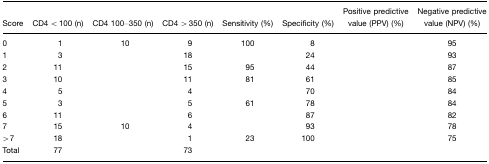
<table><thead><tr><td><b>Score</b></td><td><b>CD4 &lt; 100 (n)</b></td><td><b>CD4 100–350 (n)</b></td><td><b>CD4 &gt; 350 (n)</b></td><td><b>Sensitivity (%)</b></td><td><b>Specificity (%)</b></td><td><b>Positive predictive value (PPV) (%)</b></td><td><b>Negative predictive value (NPV) (%)</b></td></tr></thead><tbody><tr><td>0</td><td>1</td><td>10</td><td>9</td><td>100</td><td>8</td><td>[EMPTY_CELL]</td><td>95</td></tr><tr><td>1</td><td>3</td><td>[EMPTY_CELL]</td><td>18</td><td>[EMPTY_CELL]</td><td>24</td><td>[EMPTY_CELL]</td><td>93</td></tr><tr><td>2</td><td>11</td><td>[EMPTY_CELL]</td><td>15</td><td>95</td><td>44</td><td>[EMPTY_CELL]</td><td>87</td></tr><tr><td>3</td><td>10</td><td>[EMPTY_CELL]</td><td>11</td><td>81</td><td>61</td><td>[EMPTY_CELL]</td><td>85</td></tr><tr><td>4</td><td>5</td><td>[EMPTY_CELL]</td><td>4</td><td>[EMPTY_CELL]</td><td>70</td><td>[EMPTY_CELL]</td><td>84</td></tr><tr><td>5</td><td>3</td><td>[EMPTY_CELL]</td><td>5</td><td>61</td><td>78</td><td>[EMPTY_CELL]</td><td>84</td></tr><tr><td>6</td><td>11</td><td>[EMPTY_CELL]</td><td>6</td><td>[EMPTY_CELL]</td><td>87</td><td>[EMPTY_CELL]</td><td>82</td></tr><tr><td>7</td><td>15</td><td>10</td><td>4</td><td>[EMPTY_CELL]</td><td>93</td><td>[EMPTY_CELL]</td><td>78</td></tr><tr><td>&gt;7</td><td>18</td><td>[EMPTY_CELL]</td><td>1</td><td>23</td><td>100</td><td>[EMPTY_CELL]</td><td>75</td></tr><tr><td>Total</td><td>77</td><td>[EMPTY_CELL]</td><td>73</td><td>[EMPTY_CELL]</td><td>[EMPTY_CELL]</td><td>[EMPTY_CELL]</td><td>[EMPTY_CELL]</td></tr></tbody></table>